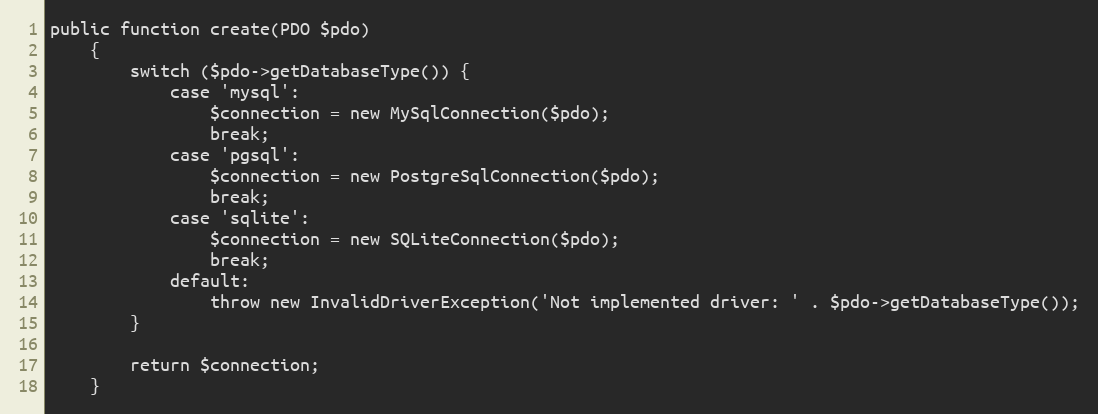
Language: PHP
public function create(PDO $pdo)
    {
        switch ($pdo->getDatabaseType()) {
            case 'mysql':
                $connection = new MySqlConnection($pdo);
                break;
            case 'pgsql':
                $connection = new PostgreSqlConnection($pdo);
                break;
            case 'sqlite':
                $connection = new SQLiteConnection($pdo);
                break;
            default:
                throw new InvalidDriverException('Not implemented driver: ' . $pdo->getDatabaseType());
        }

        return $connection;
    }